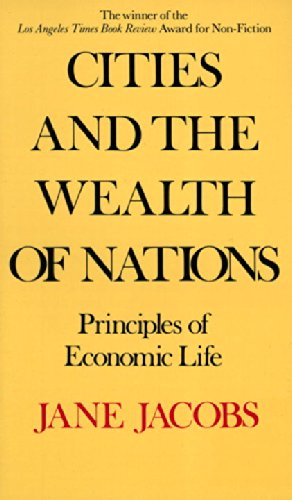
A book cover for Cities and the Wealth of Nations; Jane Jacobs; Business & Money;